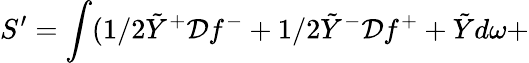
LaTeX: S^{\prime}=\int(1/2\tilde{Y}^{+}{\cal D}f^{-}+1/2\tilde{Y}^{-}{\cal D}f^{+}+\tilde{Y}d\omega+